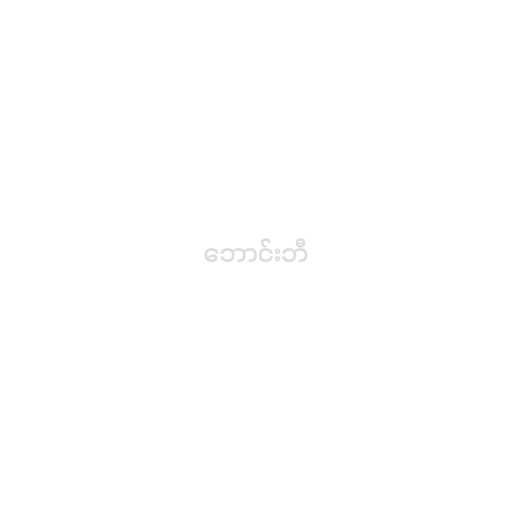
ဘောင်းဘီ